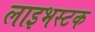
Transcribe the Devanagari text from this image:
लाइभस्टक